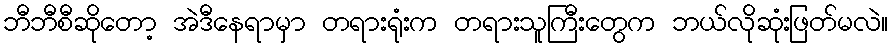
ဘီဘီစီဆိုတော့ အဲဒီနေရာမှာ တရားရုံးက တရားသူကြီးတွေက ဘယ်လိုဆုံးဖြတ်မလဲ။